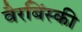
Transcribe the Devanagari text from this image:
वैरबिंस्की